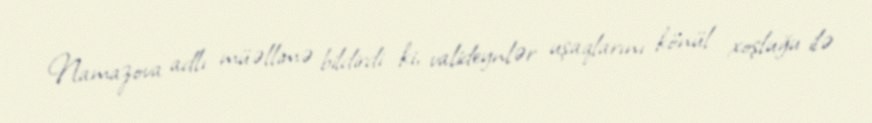
Namazova adlı müəllimə bildirdi ki, valideynlər uşaqlarını könül xoşluğu ilə